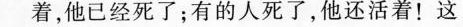
着，他已经死了；有的人死了，他还活着！这